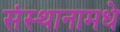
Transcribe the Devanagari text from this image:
संस्थानामधे